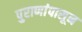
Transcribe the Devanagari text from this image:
पुराणांपासून